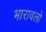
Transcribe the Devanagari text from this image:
भारावलो